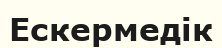
Ескермедік